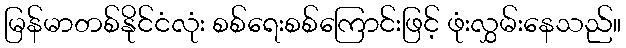
မြန်မာတစ်နိုင်ငံလုံး စစ်ရေးစစ်ကြောင်းဖြင့် ဖုံးလွှမ်းနေသည်။